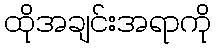
ထိုအချင်းအရာကို